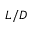
L / D